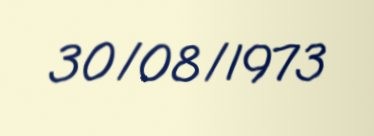
30/08/1973